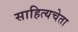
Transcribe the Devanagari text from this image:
साहित्यचेता